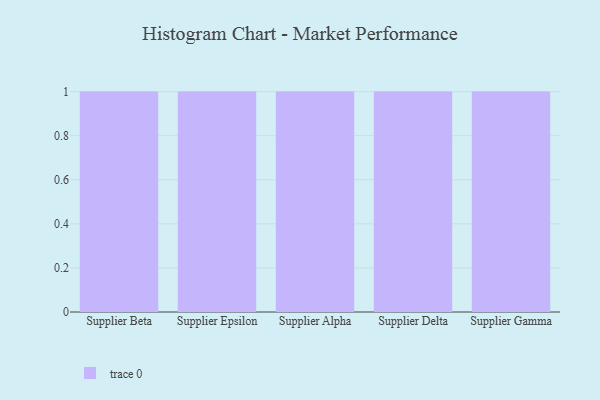
{"axis": {"x": "Supplier", "y": "Gross Profit (USD K)"}, "legend": [""], "data": [{"x": "Supplier Beta", "y": 55, "type": ""}, {"x": "Supplier Epsilon", "y": 22, "type": ""}, {"x": "Supplier Alpha", "y": 25, "type": ""}, {"x": "Supplier Delta", "y": 73, "type": ""}, {"x": "Supplier Gamma", "y": 39, "type": ""}]}